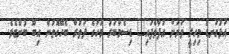
އަޅުގަނޑު މިހިރީ ވަރަށް އުފާވެފައި" ޑިސެމްބަރު މަހުގެ ދަތުރާ ބެހޭގޮތުން އިބޫ ބުންޏެވެ.